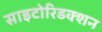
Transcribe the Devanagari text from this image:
साइटोरिडक्शन